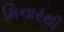
મિનારથી